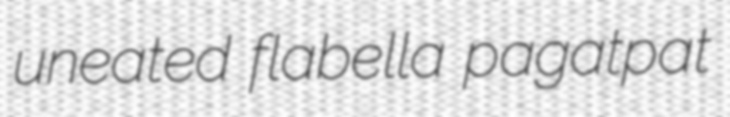
uneated flabella pagatpat